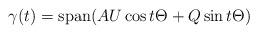
LaTeX: \begin{align*}\gamma(t) = \operatorname{span}( AU\cos t\Theta+ Q\sin t \Theta )\end{align*}